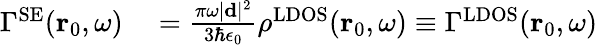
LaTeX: \begin{array}{rl}{\Gamma^{\mathrm{SE}}(\mathbf{r}_{0},\omega)}&{{}=\frac{\pi\omega\vert\mathbf{d}\vert^{2}}{3\hbar\epsilon_{0}}\rho^{\mathrm{LDOS}}(\mathbf{r}_{0},\omega)\equiv\Gamma^{\mathrm{LDOS}}(\mathbf{r}_{0},\omega)}\end{array}